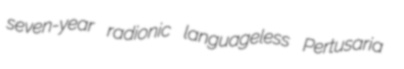
seven-year radionic languageless Pertusaria